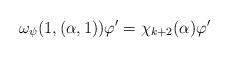
LaTeX: \begin{align*} \omega_\psi(1, (\alpha,1)) \varphi' = \chi_{k+2}(\alpha) \varphi'\end{align*}